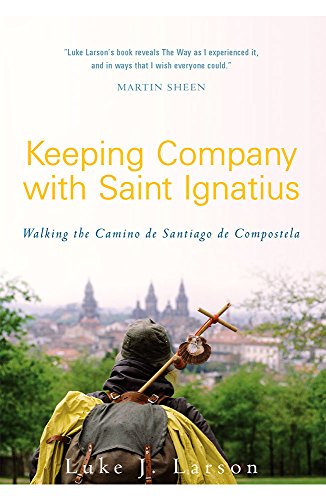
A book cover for Keeping Company with Saint Ignatius: Walking the Camino de Santiago de Compostela; Luke Larson; Religion & Spirituality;